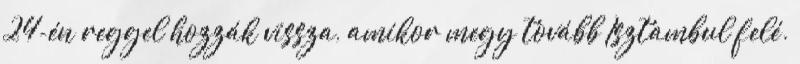
24-én reggel hozzák vissza, amikor megy tovább Isztambul felé.